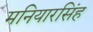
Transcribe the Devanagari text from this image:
मनियारसिंह